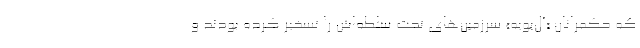
که حکمرانان «آل‌بویه» سرزمین‌های تحت سلطه‌اش را تسخیر کرده بودند و